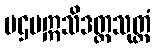
ပဌမဣသိဒတ္တသုတ္တံ